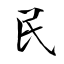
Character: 民